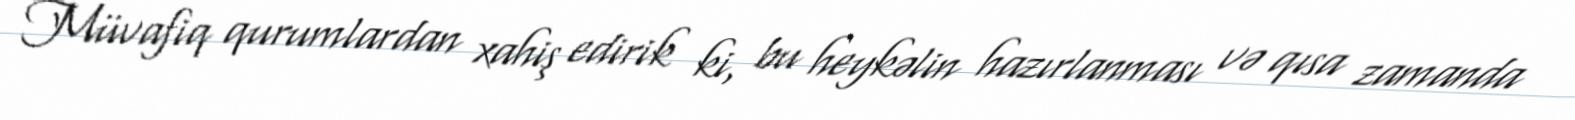
Müvafiq qurumlardan xahiş edirik ki, bu heykəlin hazırlanması və qısa zamanda